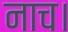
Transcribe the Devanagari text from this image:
नाच।